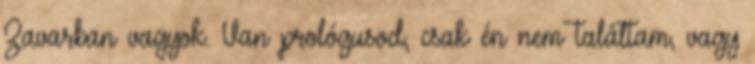
Zavarban vagyok. Van prológusod, csak én nem találtam, vagy